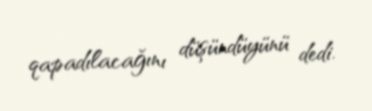
qapadılacağını düşündüyünü dedi.